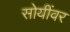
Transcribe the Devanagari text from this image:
सोयींवर